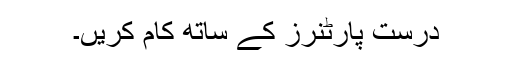
درست پارٹنرز کے ساتھ کام کریں۔